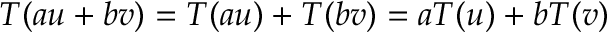
T ( a u + b v ) = T ( a u ) + T ( b v ) = a T ( u ) + b T ( v )